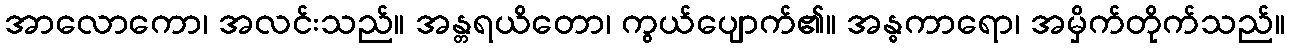
အာလောကော၊ အလင်းသည်။ အန္တရယိတော၊ ကွယ်ပျောက်၏။ အန္ဓကာရော၊ အမှိက်တိုက်သည်။